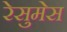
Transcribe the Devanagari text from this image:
रेसुमेस